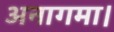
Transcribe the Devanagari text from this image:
अनागमा।